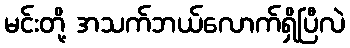
မင်းတို့ အသက်ဘယ်လောက်ရှိပြီလဲ